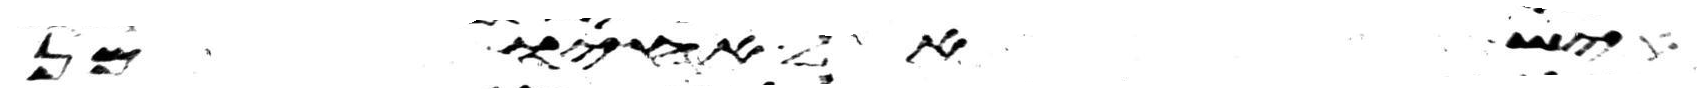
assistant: איש אל אחיו מן